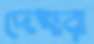
দেহারা